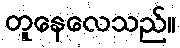
တူနေလေသည်။